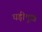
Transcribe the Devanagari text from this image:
घड़ीमुख